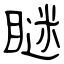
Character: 瞇